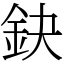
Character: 鈌